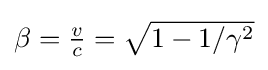
{\textstyle \beta ={\frac {v}{c}}={\sqrt {1-1/\gamma ^{2}}}}